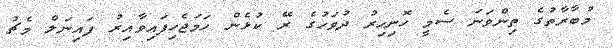
މުބާރާތުގެ ތިންވަނަ ސެމީ ހޮނިހިރު ދުވަހުގެ ރޭ ކުޅެން ހަމަޖެހިފައިވާއިރު ފައިނަލް މެޗު